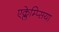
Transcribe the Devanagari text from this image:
एक्लेम्प्सिया